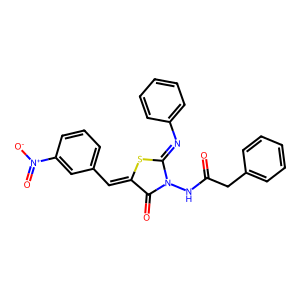
SMILES: O=C(Cc1ccccc1)NN1C(=O)C(=Cc2cccc([N+](=O)[O-])c2)SC1=Nc1ccccc1
Inhibits HIV replication: No